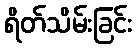
ရိတ်သိမ်းခြင်း